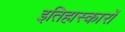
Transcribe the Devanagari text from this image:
इतिहास्कारों